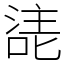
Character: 㗟